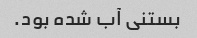
بستنی آب شده بود.